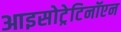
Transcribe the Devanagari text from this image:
आइसोट्रेटिनॉएन